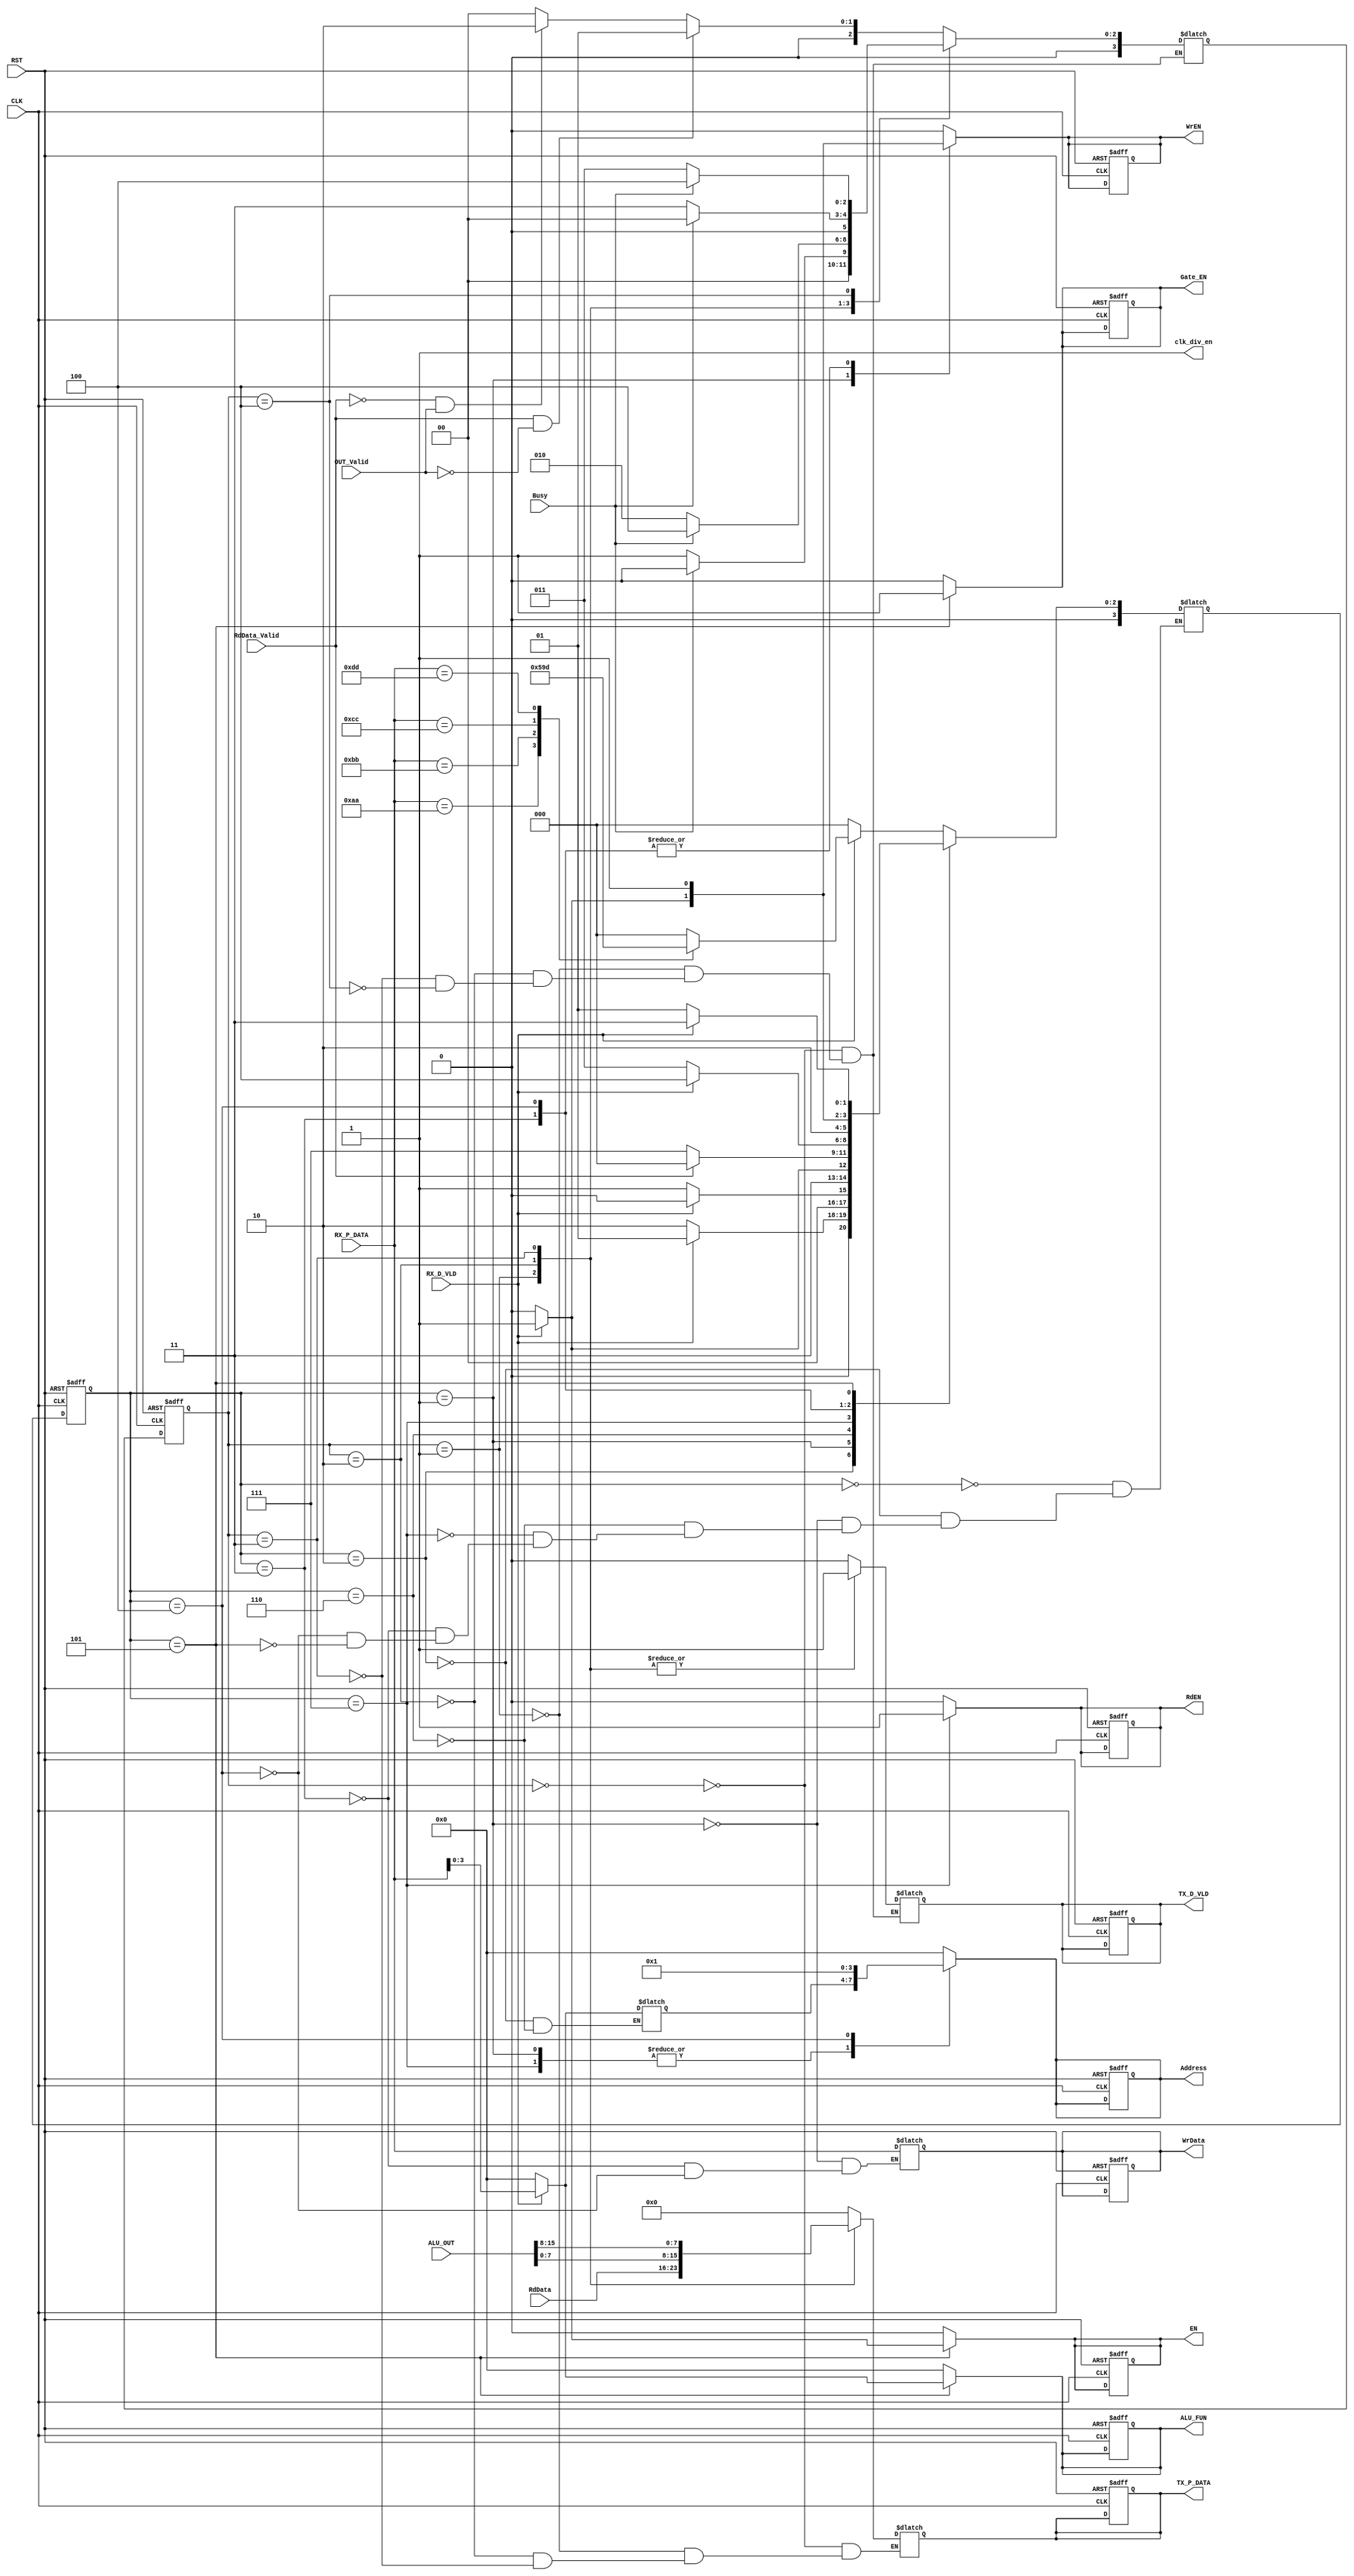
module SYS_CTRL #(parameter Addr = 4 , ALU_FUNw = 4 , ALU_D =8 , Idle='d0 ,RX_RF_A2='d6,RX_RF_R='d7, RX_RF_W='d1 ,RX_RF_A = 'd2  ,OP_A='d3, OP_B='d4, ALU_F='d5 ,ALU_h='d7,ALU_h2='d8, TX_Reg='d1, TX_ALU='d2 , TX_ALU2= 'd3, TX_ALU_h='d4 )
(
input wire RST,
input wire CLK,
input wire OUT_Valid,
input wire [ (2*ALU_D)-1:0] ALU_OUT,
input wire [ ALU_D-1:0] RdData,
input wire [ ALU_D-1:0] RX_P_DATA,
input wire RX_D_VLD,
input wire Busy,
input wire RdData_Valid,

output reg [ ALU_D-1:0] TX_P_DATA,
output reg [ ALU_D-1:0] WrData,
output reg [ Addr-1:0] Address,
output reg [ ALU_FUNw-1:0] ALU_FUN,
output reg  EN,
output reg  Gate_EN,
output reg  WrEN,
output reg  RdEN,
output reg  TX_D_VLD,
output wire  clk_div_en
  );
  
  reg [3:0] current_state_T;
  reg [3:0] next_state_T;
  reg [3:0] current_state_R;
  reg [3:0] next_state_R;
  reg [3:0] addr_reg;
  reg func;

    always @(posedge CLK or negedge RST)
  begin
    if(!RST)
      begin
        TX_P_DATA <= 'd0;
        WrData <= 'd0;
        EN <= 'd0;
        Address <= 'd0;
        ALU_FUN <= 'd0;
        Gate_EN <= 'd0;
        WrEN <= 'd0;
        RdEN <= 'd0;
        TX_D_VLD <= 'd0;
        current_state_R<=Idle;
        current_state_T<=Idle;
      end
    else
      begin
          current_state_R <= next_state_R;
		  current_state_T <= next_state_T;
      end
  end
  
  always @(*)
  begin
    
        case (current_state_R)
          Idle:begin
            if(RX_D_VLD == 'b1)
              begin
              case (RX_P_DATA)
              'b10101010 : begin 
			 next_state_R = RX_RF_A;
			  
			  end
              'b10111011 : begin 
			  next_state_R = RX_RF_A2;
			  end
              'b11001100 : next_state_R = OP_A;
              'b11011101 : next_state_R =ALU_F;
              default : next_state_R =Idle;
              endcase
			  end
			  else
			  next_state_R =Idle;
            end
			RX_RF_A :begin
			 if(RX_D_VLD == 'b1)
			  begin
			  next_state_R = RX_RF_W;
			  end
			else
			next_state_R = RX_RF_A;
			end
			RX_RF_W :begin
			 if(RX_D_VLD == 'b1)
			next_state_R = Idle;
			else
			next_state_R = RX_RF_W;
			end
			RX_RF_A2 : begin
			  if(RX_D_VLD == 'b1)
			  begin
			  next_state_R = RX_RF_R;
			  end
			else
			next_state_R = RX_RF_A2;
			  end
			  RX_RF_R :begin
			 if(RdData_Valid == 'b1)
			next_state_R = Idle;
			else
			next_state_R = RX_RF_R;
			end
		    OP_A : begin
			if(RX_D_VLD == 'b1)
			next_state_R = OP_B;
			else
			next_state_R = OP_A;
			end
			OP_B : begin
			if(RX_D_VLD == 'b1)
			next_state_R = ALU_F;
			else
			next_state_R = OP_B;
			end
			ALU_F: begin
			if(RX_D_VLD == 'b1)
			next_state_R = ALU_h;
			else
			next_state_R = ALU_F;
			end
			ALU_h:begin
			  if(OUT_Valid)
			  next_state_R=Idle;
			  else
			    next_state_R=ALU_h;
			  end
          endcase
         
  end
  
  always @(*)
  begin
    WrEN = 'b0;
		  RdEN = 'b0;
		  EN = 'b0;
		  Address='d0;
		  ALU_FUN = 'd0;
		  Gate_EN = 'b0;
		  func=0;
  case (current_state_R)
          Idle:begin
		  WrEN = 'b0;
		  RdEN = 'b0;
		  EN = 'b0;
		  ALU_FUN = 'd0;
		  Gate_EN = 'b0;
            end
			RX_RF_A :begin
			  if(RX_D_VLD)
			  addr_reg=RX_P_DATA;
			  else
			    addr_reg=0;
			end
			RX_RF_W :begin
			 Address=addr_reg;
			 if(RX_D_VLD)
			 WrEN = 'b1;
			 WrData=RX_P_DATA;
			 Gate_EN = 'b0;
			end
			RX_RF_A2 :begin
			  if(RX_D_VLD)
			  addr_reg=RX_P_DATA;
			  else
			    addr_reg=0;
			  end
			  RX_RF_R:begin
			    RdEN='b1;
			    Address=addr_reg;
			    end
		    OP_A : begin
			WrEN = 'b1;
			 WrData = RX_P_DATA;
			 Address = 'd0;
			 Gate_EN = 'b0;
			end
			OP_B : begin
			WrEN = 'b1;
			 WrData = RX_P_DATA;
			 Address = 'd1;
			 Gate_EN = 'b0;
			end
			ALU_F : begin
			  Gate_EN = 'b1;
			  if(RX_D_VLD)
			    begin
    ALU_FUN=RX_P_DATA;
    EN='b1;
  end
  else
    begin
    ALU_FUN =0;
    EN=1'b0;
  end
			end
			ALU_h: begin
			  Gate_EN = 'b1;
			  end
			
          endcase
  end
  
  

  
  always @(*)
  begin
  case (current_state_T)
  Idle : begin 
  if(RdData_Valid == 'b1 && OUT_Valid== 'b0)
next_state_T = TX_Reg;
else if (RdData_Valid == 'b0 && OUT_Valid == 'b1)
next_state_T = TX_ALU; 
else 
next_state_T = Idle;
  end
  TX_Reg : begin
  if(!Busy)
    next_state_T = TX_Reg;
  else
   next_state_T = Idle; 
end
  TX_ALU :begin
     if(!Busy)
   next_state_T = TX_ALU;
 else
   next_state_T=TX_ALU_h;
 end
  TX_ALU2 :begin
     if(!Busy)
       next_state_T=TX_ALU2;
    else
     next_state_T = Idle; 
 end
 TX_ALU_h :begin
     if(!Busy)
      next_state_T = TX_ALU2;
    else
      next_state_T=TX_ALU_h;
 end
 
  endcase
end


  always @(*)
  begin
  
  case (current_state_T)
  Idle : begin 
  TX_P_DATA = 'd0;
  TX_D_VLD='b0;
  end
  TX_Reg : begin
  TX_P_DATA = RdData;
  TX_D_VLD =1'b1;
end
  TX_ALU : begin
  TX_P_DATA = ALU_OUT[7:0];
  TX_D_VLD =1'b1;
end
  TX_ALU2 : begin
  TX_P_DATA = ALU_OUT[15:8];
  TX_D_VLD =1'b1;
end
TX_ALU_h : TX_D_VLD=1'b0;
  endcase

end

assign clk_div_en='b1;
endmodule